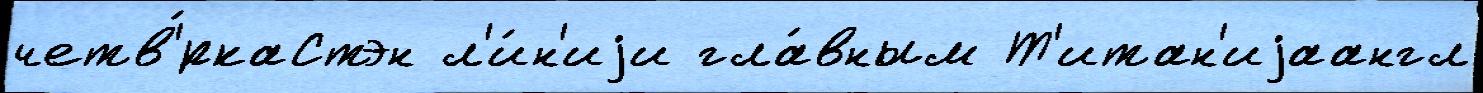
четв'́ркаСтэн л'и́н'иjи гла́вным Т'итан'иjаангл